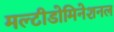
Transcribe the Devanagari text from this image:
मल्टीडोमिनेशनल